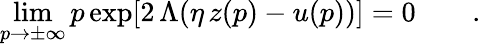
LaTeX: \operatorname*{lim}_{p\to\pm\infty}p\exp[2\, \Lambda(\eta\, z(p)-u(p))]=0\qquad.